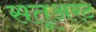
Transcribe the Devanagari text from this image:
सतूअरट